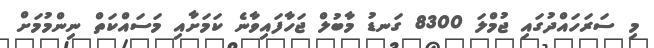
މި ސަރަހައްދުގައި ޖުމްލަ 8300 ގަނޑު މާބުލް ޖަހާފައިވާނެ ކަމަށާއި މަސައްކަތް ނިންމުމަށް